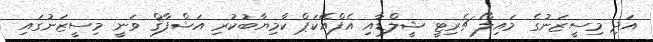
އަދި މިސީޒަނުގެ މައިލޯ ޗެރިޓީ ޝީލްޑާއި އެފްއޭކަޕް ކާމިޔާބުކުރި އަޝްފާޤް ވަނީ މިސީޒަނުގައި